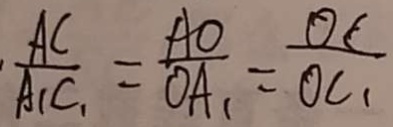
\frac { A C } { A _ { 1 } C _ { 1 } } = \frac { A O } { O A _ { 1 } } = \frac { O C } { O C _ { 1 } }